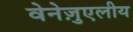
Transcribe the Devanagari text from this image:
वेनेज़ुएलीय